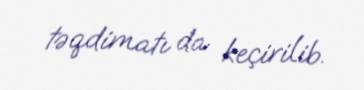
təqdimatı da keçirilib.